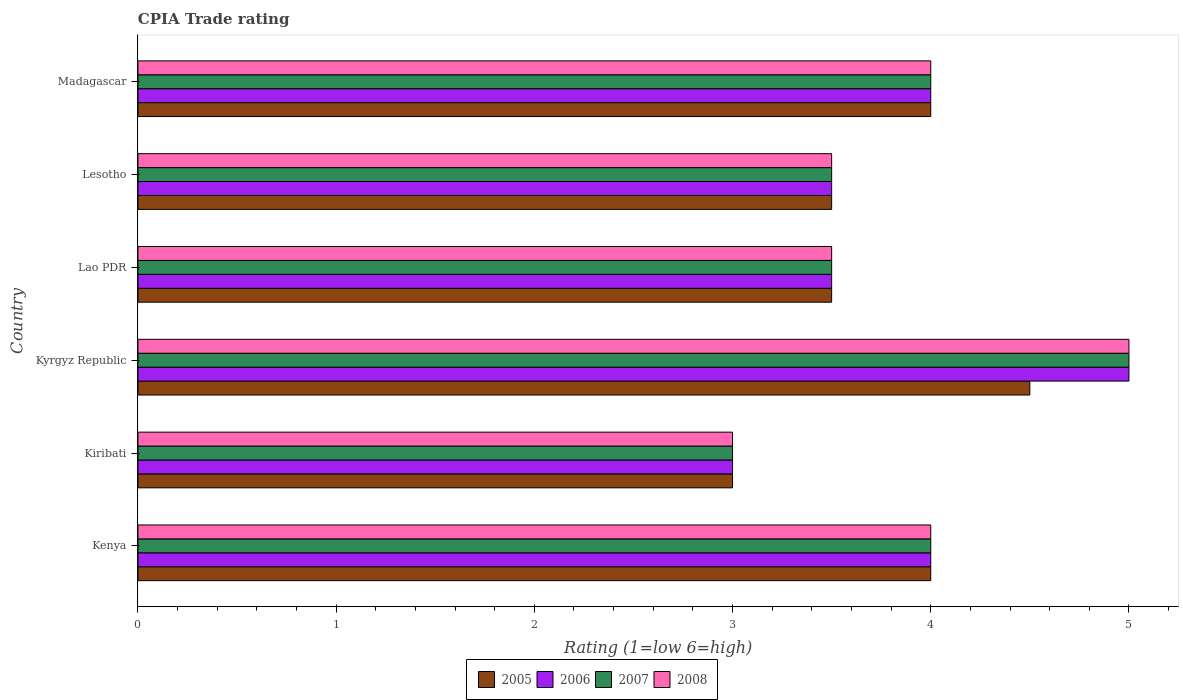
| Country | 2005 | 2006 | 2007 | 2008 |
 | --- | --- | --- | --- | --- |
 | Kenya | 4 | 4 | 4 | 4 |
 | Kiribati | 3 | 3 | 3 | 3 |
 | Kyrgyz Republic | 4.5 | 5 | 5 | 5 |
 | Lao PDR | 3.5 | 3.5 | 3.5 | 3.5 |
 | Lesotho | 3.5 | 3.5 | 3.5 | 3.5 |
 | Madagascar | 4 | 4 | 4 | 4 |